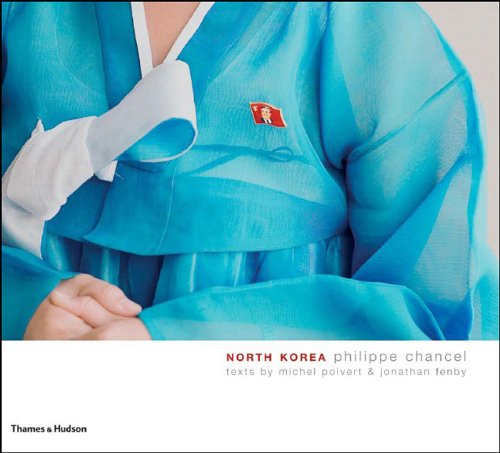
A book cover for North Korea; Michel Poivert; Travel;